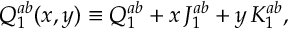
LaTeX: Q _ { 1 } ^ { a b } ( x , y ) \equiv Q _ { 1 } ^ { a b } + x \, J _ { 1 } ^ { a b } + y \, K _ { 1 } ^ { a b } ,